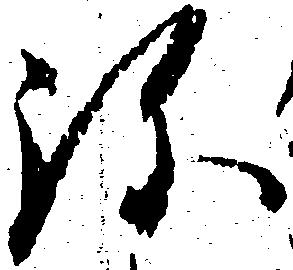
弥